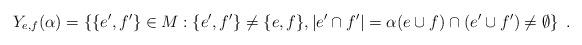
LaTeX: \begin{align*}Y_{e,f}(\alpha) = \{\{e',f'\} \in M: \{e',f'\} \ne \{e,f\}, |e' \cap f'| = \alpha (e \cup f)\cap( e' \cup f') \ne \emptyset \} \enspace .\end{align*}